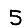
Digit: 5